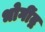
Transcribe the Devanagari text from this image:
भोगींद्र